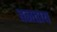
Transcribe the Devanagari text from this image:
बनवाय